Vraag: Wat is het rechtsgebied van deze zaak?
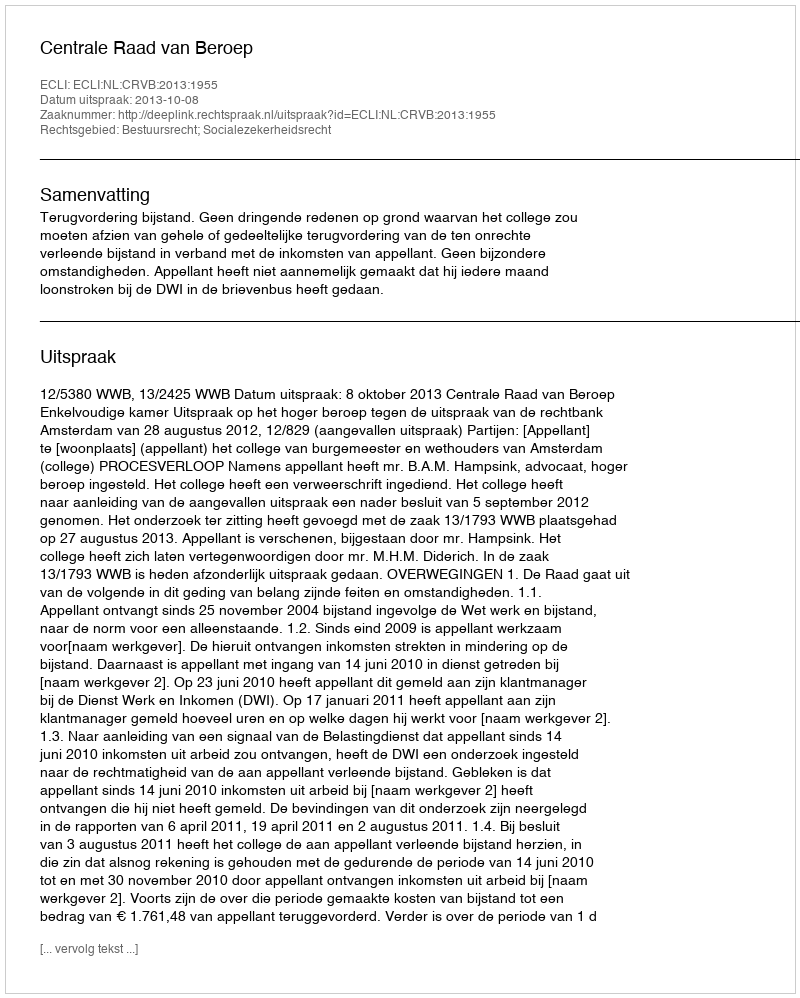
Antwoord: Bestuursrecht; Socialezekerheidsrecht